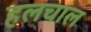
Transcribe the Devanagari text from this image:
हलचाल